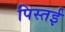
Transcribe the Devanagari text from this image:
पिस्तई